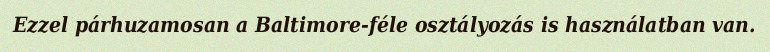
Ezzel párhuzamosan a Baltimore-féle osztályozás is használatban van.